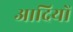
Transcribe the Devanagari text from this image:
आदियों